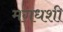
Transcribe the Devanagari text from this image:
मगधशी